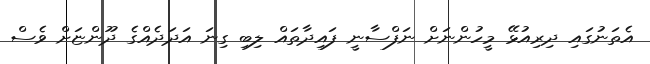
އެތަނުގައި ދިރިއުޅޭ މީހުންނަށް ނަފްސާނީ ފައިދާތައް ލިބި ގިނަ އަދަދެއްގެ ދޫންޏަށް ވެސް